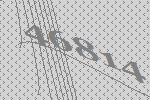
46814